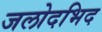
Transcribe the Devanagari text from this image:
जलोदभिद